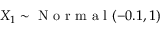
X _ { 1 } \sim \mathrm { ~ N ~ o ~ r ~ m ~ a ~ l ~ } ( - 0 . 1 , 1 )